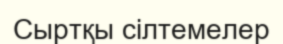
Сыртқы cілтемелер